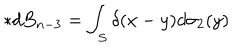
LaTeX: \ast d B _ { n - 3 } = \int _ { S } \delta ( x - y ) d \sigma _ { 2 } ( y )